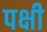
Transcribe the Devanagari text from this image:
पक्षी